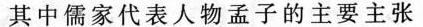
其中儒家代表人物孟子的主要主张